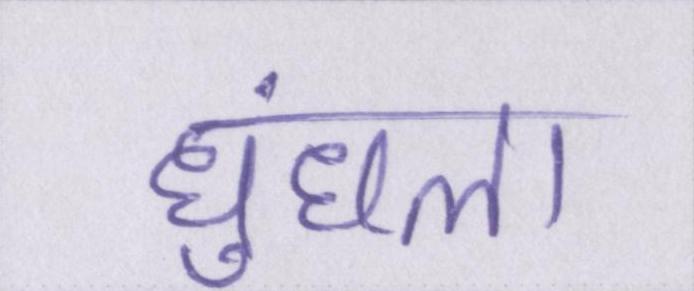
धुंधला